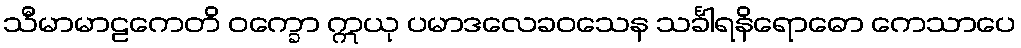
သီမာမာဠကေတိ ဝက္ခော ဣယု ပမာဒလေခဝသေန သင်္ခါရနိရောဓော ကေသာပေ